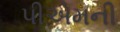
પીએમની